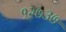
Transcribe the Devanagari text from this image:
१२७३७